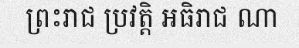
ព្រះរាជ ប្រវត្តិ អធិរាជ ណា